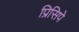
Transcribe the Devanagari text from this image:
प्रिसिपे